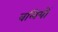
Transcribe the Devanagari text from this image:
वलियों